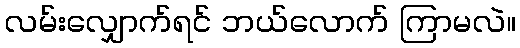
လမ်းလျှောက်ရင် ဘယ်လောက် ကြာမလဲ။